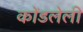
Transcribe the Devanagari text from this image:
कोंडलेली